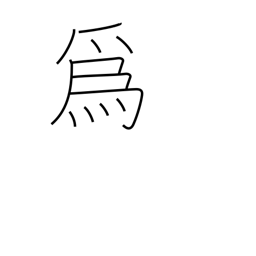
Meaning: be of use